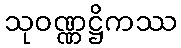
သုဝဏ္ဏဋ္ဌိကဿ